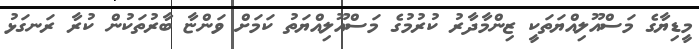
މީޑިޔާގެ މަސްއޫލިއްޔަތަކީ ޒިންމާދާރު ކުރުމުގެ މަސްއޫލިއްޔަތު ކަމަށް ވަންޏާ ބާރުތަކުން ކުރާ ރަނގަޅު